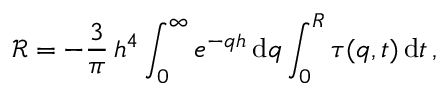
\mathcal { R } = - \frac { 3 } { \pi } \, h ^ { 4 } \int _ { 0 } ^ { \infty } e ^ { - q h } \, \mathrm { d } q \int _ { 0 } ^ { R } \tau ( q , t ) \, \mathrm { d } t \, ,